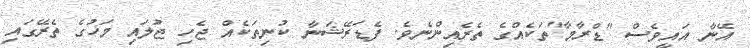
އޭނާ އައީވެސް "ޑްރާމާ"ތަކެއްގެ ތެރެއިންނެވެ. ފެޑަރޭޝަނާ ކުނިތަކެއް ޖެހި ޖުލައި މަހުގެ ތެރޭގައި